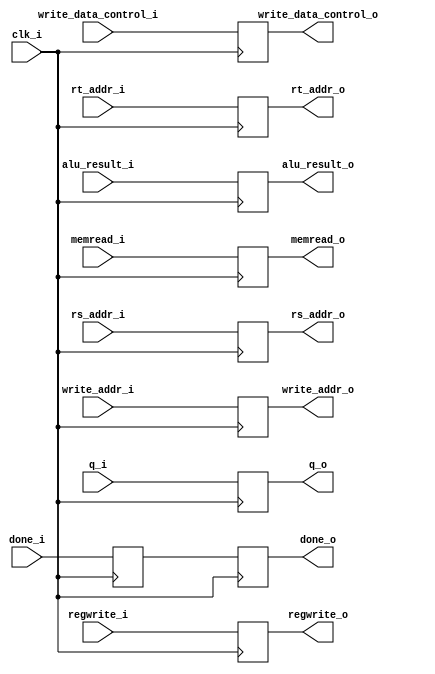
module pipelineEMWB(input clk_i,
					input regwrite_i,
					input write_data_control_i,
					input [7:0] alu_result_i,
					input [2:0] write_addr_i,
					input [7:0] q_i,
					input [2:0] rs_addr_i,
					input [2:0] rt_addr_i,
					input memread_i,
					input done_i,
					output reg regwrite_o,
					output reg write_data_control_o,
					output reg [7:0] alu_result_o,
					output reg [2:0] write_addr_o,
					output reg [7:0] q_o,
					output reg [2:0] rs_addr_o,
					output reg [2:0] rt_addr_o,
					output reg memread_o,
					output reg done_o);
								
reg done_buf;
								
								
always @(posedge clk_i)
begin
	regwrite_o <= regwrite_i;
	write_data_control_o <= write_data_control_i;
	alu_result_o <= alu_result_i;
	rs_addr_o <= rs_addr_i;
	rt_addr_o <= rt_addr_i;
	write_addr_o <= write_addr_i;
	q_o <= q_i;
	memread_o <= memread_i;
	done_buf <= done_i;
	done_o <= done_buf;
end					
								
endmodule